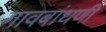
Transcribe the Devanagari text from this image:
गावबांधणी